Vital statistics of India. Vol. VI, European troops 1870-79
Year: 1870
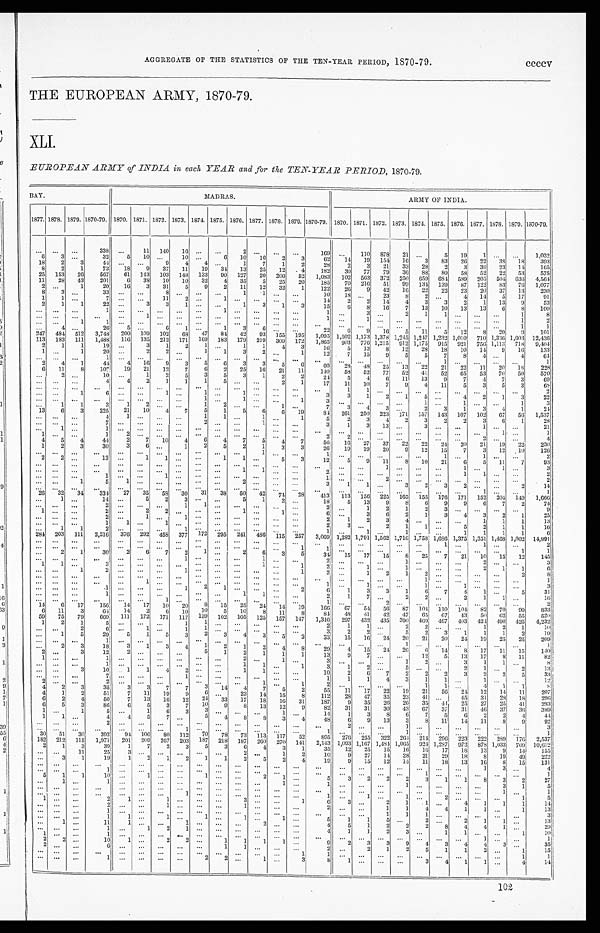
AGGREGATE OF THE STATISTICS OF THE TEN-YEAR PERIOD, 1870-79. ccccv
THE EUROPEAN ARMY, 1870-79.
XLI.
EUROPEAN ARMY of INDIA in each YEAR and for the TEN-YEAR PERIOD, 1870-79.
BAY.
MADRAS.
ARMY OF INDIA.
1877. 1878. 1879. 1870-79. 1870. 1871. 1872. 1873. 1874. 1875. 1876. 1877. 1878. 1879. 1870-79. 1870. 1871. 1872. 1873. 1874. 1875. 1876. 1877. 1878. 1879. 1870-79.
... ...
. . .
338 . . .
11 140 16 ...
. . .
2
. . . ... ...
169 ...
110 878 21 ...
5 19
1
. . .
. . .
1,032
6
3
. . . 32
5 10 . . .
10 ...
6 10 16
2
3
62 14 19 154 1 6
3 83 26 22 38 18
393
18
2
3
44 . . . ...
9
4 4
. . . 1
7
1
2
28
2
3 21 33 28
2
3 36 23 14
165
8
2
1
73 18
9 37 11 19 34 13 25 12
4
182 30 77 79 36 88
8 0 58 52 22 53
575
25 153 26
567 61 143 103 148 133 90 127 20 206 52 1,083 102 563 372 250 659 684 589 205 504 636 4,564
11 28 43
201
6 38 10 10 32
4 35
5 25 20
185 70 216 51 99 134 139 87 122 83 76 1,077
2
. . . 1
20 16
3 31
5
9
2 11 12 32
1
122 26
9 42 16 22 22 23 20 37 13
230
8
3 ...
3 3
. . .
. . .
8
. . . ...
. . .
1
1
. . .
. . . 10 18 ...
23
8
2
. . . 4 14
5 17
91
1
1
. . .
7
. . .
. . . 11
2 ...
1
. . .
. . .
. . .
. . . 14
2
2 14
4
3
3
2
1 13
9
53
2 1
1
22 . . .
3
3
1 ...
. . .
1
3
1
3
15
6
8 16
7 13 10 13 13
6
8
100
... ... ...
1
. . .
. . .
. . .
. . . ...
1
. . .
. . .
. . .
. . .
1
. . . 3 . . .
2
1
1
. . .
. . .
. . . 1
8
. . .
. . .
. . .
. . . . . .
1
. . .
. . . ...
. . .
. . .
. . .
. . .
. . .
1
. . .
1 . . .
. . .
. . .
. . .
. . . . . .
. . .
1
2
... ...
1
1
. . .
. . .
. . .
. . . ...
. . .
. . .
. . .
. . .
. . .
. . .
. . .
. . . . . .
. . .
. . .
. . .
. . . . . .
. . .
1
1
. . .
4 ...
26
5
. . . 6
1 ...
1
3
6 ... ...
22
6
9 16
5 11
5 12
8 20
9
101
247 484 512 3,748 200 109 102 68 47
8 4 42 93 155 195 1,095 1,502 1,173 1,378 1,245 1,247
1 , 2 3 2 1,010 710 1,336 1,603 12, 436
113 183 111 1,488 116 135 212 171 169 183 179 219 309 172 1,865 903 776 1,215 912 1,175 915 921 756 1,113 718 9, 404
2
1
1
19 . . .
3
1
2
1 . . .
1
1
4
3
16 5 13
8 12 28 18 10 14
9 16
133
1
. . . 1
20 . . .
2
2
. . . 1
1
3
2
. . . 1
12
7 15
9
5
5
7
8
4
. . . 4
6 4
. . .
. . .
. . .
1
. . .
. . .
. . .
. . . ...
. . .
. . .
. . . ... ...
. . .
. . .
. . .
. . .
. . .
. . .
1
. . .
. . .
. . . . . .
1
2 4
1
44
4 16
9
3
5
6
3
3
5
6
60 28 48 25 13 22 21 22 11 20 18
228
6 11
8
107 19 21 12
7
6
2 25 16 21 11
140 58 52 77 52 41 52 65 53 70 50
570
. . .
2
. . .
10
. . . 1
2
5
3
5
3
1
2
2
24
5
4
6 11 13
9
7
4
7
3
6 9
... ... ...
4
4
2
1
1
1
5 ...
. . . 2
1
17 11 10
7
9
4 11
5
3
5
3
6 8
. . . ... ...
. . .
. . .
. . . . . . . . . ...
. . .
. . .
. . .
. . .
. . .
. . .
1
1
. . .
. . . ...
. . .
. . . . . .
. . .
. . .
2
. . . ...
1
6
. . .
. . . 1
. . .
1 . . .
1
. . .
. . .
. . .
3
3
1
2
1
5 . . . 4
2
1
3
22
. . .
. . . . . .
. . .
. . .
. . . . . .
. . .
1 . . .
1
. . .
. . . 1
3
. . .
. . .
. . .
. . .
1 . . .
1
. . .
. . . 1
3
. . . 1
1
3
1
2
. . . ...
1
2
. . .
. . . 1
. . .
7
3
4
3
. . . 2
3
1
3
4
1
2 4
13
6
3
225 21 10
4 7
5
1
5
6
6 19
84 261 250 223 171 157 143 107 102 67 56 1,537
. . .
. . .
. . .
4
1
. . .
. . .
. . . 1
1 . . .
1
. . . 1
5
2
3
4
2
3
2
2
3
6
1
28
. . .
. . .
. . .
7
. . .
. . . . . . ... 2
. . . . . .
1
. . .
. . .
3
1
3 13 ...
3
. . .
. . .
1
. . .
. . .
21
. . . 1 ...
1
. . .
. . . . . .
. . . ...
. . .
. . .
. . .
. . . ...
. . .
. . .
. . . . . . . . .
. . .
. . .
. . .
. . . 1 ...
1
1
. . .
. . . 1
2
. . . . . . . . . ...
. . .
. . . ... ... ...
2
2
. . . . . . . . .
. . .
. . .
. . . 2
. . . . . .
4
4
5
4
44
2
7 10
4
6
4
7
5
4 7
56 16 27 37 22 22 24 20 21 19 22
230
1
2
3
30
3
6
. . . 1
2
5
2
1
3
3
26 19 19 20
9 12 15
7
3 12 10
126
... ... ...
. . .
. . . ... ... ... ...
. . .
. . .
1 ... ...
1
. . .
. . . . . .
. . .
. . . 1 . . .
1
. . .
. . .
2
2
2
. . . 13 . . .
1
1 . . . ...
1
1
. . . 5
3
12
5
9 11
8 10 21
6
5 11
7
93
... ... ...
. . .
. . . ...
. . .
. . . ...
. . .
. . .
. . . ...
. . .
. . .
. . .
. . .
1
. . . . . .
. . . 1 ...
1 ...
3
. . .
. . .
. . .
. . . . . . ...
. . .
. . . ...
. . .
1
1 ... ...
2
. . .
. . .
. . .
. . . ...
. . .
1
1
. . . . . .
2
. . .
. . .
...
1 . . .
. . . 1 ... ...
. . .
. . . ... ...
. . .
1
. . .
. . .
2
. . .
. . . . . .
. . . . . .
. . . . . .
2
. . . ...
1
5
1 ... ... ... ...
. . .
2
. . .
. . .
. . .
3
1
1 ...
3
2
3
2 . . .
. . . 2
14
. . . ... ...
. . .
... ... ... ... ...
. . .
. . .
. . . ... ...
. . .
. . . ...
. . .
. . . ...
. . .
. . .
1
. . .
. . .
1
26 32 34
334 27 35 58 30 31 38 50 42 74 28
413 113 156 225 165 155 176 171 152 204 149 1, 666
. . .
1 ...
14 . . .
5
2
3
. . . . . . 5
1
2
. . . 18
5 13
9
8
6
9
9
6
7
2
74
. . . ... ...
2
. . .
. . .
. . . 1
1
. . .
. . .
. . .
. . .
. . .
2
. . .
1
2
1
2
3
. . .
. . .
. . .
. . .
9
1
. . .
. . .
2 . . .
2
2
. . . ...
. . .
1
. . .
1
. . .
6 . . .
3
6
2
1
3
4
3
2
1
25
. . .
. . .
. . .
2 . . .
1
. . . 1 ...
. . .
. . .
. . .
. . .
. . .
2
1
2
3
4
. . .
. . .
. . . 1
1
1
13
. . .
. . .
. . .
1
1
. . . 1
. . . ...
. . .
. . .
. . .
. . .
. . .
2
3 . . .
2
1
1
. . . 5
2
1
1
1 6
. . . 1
1
2 . . .
...
...
1 ...
. . .
. . .
. . .
. . . ...
1
. . . 1
. . .
1
. . .
. . .
1 1
1
1
6
284 203 111 2,216 376 292 458 377 172 295 241 486 115 257 3,069 1,282 1,791 1,562 1,716 1,758 1,686 1,375 1,351 1,468 1,002 14,991
. . . . . .
. . . ...
. . . ...
. . . ... ...
. . .
. . .
. . . ...
. . .
. . . . . .
. . .
. . .
. . . ...
1
. . .
1
. . .
. . .
2
. . . . . .
. . .
. . . . . .
. . . . . .
. . . ...
. . .
. . .
. . . ...
1
1
. . .
. . .
. . .
. . .
. . . . . .
. . .
. . .
. . .
1
1
. . . 2
1
30
2
6
7
2
1 ...
2
6
3
5
3 4 15 17 15
8 25
7 21 10 15 12
145
. . . ... ...
. . .
... ... . . .
1 ...
. . .
. . . 1 ... ...
2
. . .
. . .
. . .
1
. . .
. . .
. . .
2
. . .
. . .
3
1
1 ...
3 . . .
. . . . . .
. . . ...
. . .
. . . 1
. . . 1
2
. . .
1
. . .
1
. . .
...
. . . 2
1
1
6
. . . ...
1
2
. . .
. . . . . .
1 ...
. . .
. . .
. . .
. . . 1
2
. . .
1
2
1
2
. . . . . .
. . .
. . . 2
8
. . .
. . .
. . . . . .
. . . ...
. . .
. . . ...
. . .
. . .
. . . ... ...
. . .
. . .
. . .
. . .
. . .
1
. . . . . .
. . .
. . .
. . .
1
. . .
. . .
. . . ...
. . .
1 . . .
. . .
. . . . . .
. . .
. . .
. . .
. . .
1
. . .
1
. . .
. . .
1
. . . 1
. . .
. . .
. . .
3
. . . ...
. . .
1 . . .
. . . . . .
1 2
1
. . .
. . .
. . . 2
6
1
3
3
1
6
7
4
1
. . . 5
31
. . . ... ...
1 . . .
. . . . . .
. . .
...
. . .
1
1
. . . . . .
2
1
7
. . . 2
2
. . . 2
1
1
. . .
16
. . .
. . .
. . .
. . . . . .
. . . 1
. . .
...
. . .
. . .
. . .
. . . . . .
1
. . .
. . .
2
. . .
. . .
. . . . . .
. . .
. . .
. . .
2
14
6 17
156 14 17 10 20
8 15 25 24 14 19
166 67 54 56 87 104 110 104 82 70 99
833
6 11
3
6 4 14
2
6 10 10
5 10
8 11
8
84 48 41 42 47 65 67 43 50 62 55 520
59 75 79 669 111 172 171 117 139 102 105 125 157 147 1,346 297 432 435 390 469 467 403 424 490 425 4,232
1
2
1
5
. . .
. . .
. . . 1
1 . . .
. . .
. . .
. . .
. . .
2
1
1
. . .
2
2
. . .
. . . 1
2
1
10
. . . ...
2
6 . . .
1
. . . 1 1
. . . ... . . . ...
. . .
3
2
2
. . . 5
2
3
1
1
1
2
19
. . . 1
5
29
5
1
5
3
2
3
4
3
5 2
3 3 15 16 24 20 21 20 24 19 25 25
209
. . . ...
. . .
1
. . .
. . .
. . .
. . .
...
. . .
. . .
. . .
. . .
. . . . . .
. . .
. . .
. . .
1
. . .
. . .
. . .
. . .
. . .
. . .
1
. . . 2
3
18
3
1
3
4
1
2
1
2
4
8
29
4 15 24 26
6 14
8 17 11 15
140
2
. . . 3
12
2
. . .
. . .
. . . 5
1
2
1
1
1
13
9
7
. . .
. . . 12
5 13 17
8 11
82
1
. . . ...
1
. . .
. . .
. . .
. . .
...
. . .
2
. . . 1 . . .
3
. . .
. . .
. . . 1
2 . . .
3
1
1 . . .
8
. . . . . .
. . .
1
. . .
. . .
. . .
. . .
...
. . . 1
1
. . .
1
3
1
2
. . . 5
. . . . . .
2
1 ...
2
13
. . .
. . .
3
10
1
1
4
2 ...
. . . 1
1
. . .
. . . 10
2
6
7
2
2
2
3
2
2
5
33
. . .
. . .
. . .
7 ...
. . .
. . .
1 ...
. . .
. . .
. . .
. . .
. . .
1
1
1
4
3
1
1
. . .
1
. . .
. . .
12
2 . . .
. . .
2
. . .
. . .
. . .
. . .
...
. . . . . .
1
. . . 1
2
. . .
. . .
. . .
. . . 1
1
. . . 4
1
1
8
4
2
3
35
3
3
7
7
3 14 4
7
5
2
55 11 17 22 19 21 56 2 4
12 14 11
207
4
1
2
51
7 11 19
9
6 ...
23 14 15
8
112 28 47 35 23 41
. . . 45 31 28 18
296
6
2
4
50
7 13 16 12 24 33 17 18 16 31
187
9 35 26 26 35 44 25 27 25 41
293
6
5
3
86
6 5
3
7 10 9
8 13 12
9
82 31 31 30 43 67 37 31 46 37 36
389
1 . . .
1
5
. . . 1
6
3 3
. . .
. . . . . .
1 . . .
14
1
3
8 6
7
5
6
2
2
4
44
1 1 . . .
4
4
5
7
. . . 5
4
8
8
3
4
48
6
9 13
3
8 11 14 11
8
9
92
. . . . . .
. . .
2
. . .
. . .
. . . ...
. . .
. . .
. . .
. . .
. . .
. . .
. . .
2
. . .
. . .
1
. . . . . .
. . .
. . .
. . .
. . .
3
. . . . . .
. . .
. . .
. . .
. . .
. . .
1
. . .
. . .
. . . . . .
. . . . . .
1
. . .
. . .
. . .
1
. . . . . .
. . .
. . .
. . .
. . .
1
30 51 30
392 94 106
8 0 112 70 78 73 113 117 52
895 276 255 322 264 214 296 223 222 289 176 2,537
182 212 115 1,971 201 209 267 203 187 218 187 260 270 141 2,143 1,093 1,167 1,484 1,065 924 1,287 972 878 1,033 709 10,612
2
1
3
39
1
7
2
3
5
3
6
4
3
1
35 12 25 15 16 16 17 18 13
9 14
155
. . .
. . . 11
25
3
. . .
. . .
. . .
. . .
. . .
2
. . . 1
2
10
9 27 14 28 21 29 18
8 19 49
222
. . . 3
1
19
1
2
1
2
1
1
2
5
2
4
19
9 15 12 14 11 18 13 16
8 15
131
. . . . . .
. . .
. . .
. . .
. . .
. . .
. . .
. . .
. . .
. . .
. . .
. . .
. . .
. . .
. . .
. . .
. . .
. . .
. . . . . .
. . .
1
3
. . .
4
. . . . . .
. . .
1
. . .
. . .
. . .
. . .
. . .
. . .
. . .
. . .
. . .
. . .
. . . . . .
. . . ...
. . .
1
. . .
. . .
. . .
. . .
. . .
1
5
1
1
10 . . .
1 . . .
. . .
1
. . .
. . . 2
1 . . .
5
3
2
2
2
3
1
1
8
3
2
27
. . .
1
. . .
1
. . .
. . . . . .
. . .
. . .
. . .
. . .
. . . 1 . . .
1
. . .
. . .
. . .
1
. . .
. . .
. . .
. . . 3
1
5
. . .
. . .
. . .
. . .
. . .
. . . . . .
. . .
. . .
. . . . . .
. . .
. . .
. . .
. . .
. . .
. . .
. . .
. . .
. . .
. . .
. . . . . .
1 ...
1
. . . . . .
. . .
...
. . .
. . .
. . .
1
. . .
. . . . . .
. . .
. . .
. . .
1
. . .
1
. . .
1 ...
2 . . . ... ...
1
5
1
. . .
. . .
2
1
. . .
1
. . .
. . .
. . . 3 . . .
. . .
1
6
3
. . . 2
1
1 ...
4
1
1
1
1 4
. . . . . .
. . .
2
. . . . . .
1
. . .
. . . . . .
1 . . .
. . .
. . .
2
. . .
. . . 1
1
4
4
1
1 ...
1
13
. . . . . .
. . .
1
. . . . . .
. . . . . .
. . . . . .
. . . . . . . . .
. . . . . .
. . .
. . .
1
1
1 . . .
. . .
. . .
. . . . . .
3
. . . . . .
. . .
1
1
. . .
1
. . .
1
. . .
1 . . .
1 ...
5
1
1
5
. . .
2
. . . 2
1
1 . . .
13
. . .
1 . . .
11
1 . . .
. . .
1
. . . . . .
. . . 2
. . . . . .
4
5
1
2
2
2
8
4
4
1 . . .
29
. . .
. . . . . .
1
. . . 1
2
1
. . . . . .
. . . . . .
. . . . . .
4
1
1
2
3
. . . 1
1
. . .
. . . 1
10
1
. . . . . .
1
. . .
. . .
. . . . . .
. . . . . .
. . . . . .
. . . . . .
. . .
... ... ... ... ... ... ...
1
. . .
. . .
1
2
2 . . .
10
1
. . . 2
2 ...
1
1
1
1 . . .
9
2
3
3
9
4
3
4
4
3 . . .
35
2
. . . . . .
6
. . .
. . .
. . .
. . . . . .
1
1
. . .
. . . . . .
2
. . . 2
1
2
5
1
1
2
. . . 1
15
. . . . . .
. . .
. . .
. . .
. . .
. . . ...
. . .
. . .
. . .
. . . . . .
1
1
. . .
. . .
. . .
. . .
. . .
. . .
. . .
. . .
. . . 1
1
. . .
. . .
. . .
1
. . .
. . .
. . .
. . .
2
2 ...
1
. . .
3
8
1
. . .
. . .
. . . 3
4
1
1
. . . 4
14
102